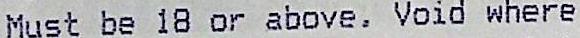
MUST BE 18 OR ABOVE, VOID WHERE